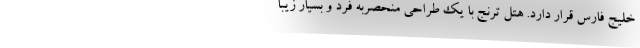
خلیج فارس قرار دارد. هتل ترنج با یک طراحی منحصربه فرد و بسیار زیبا